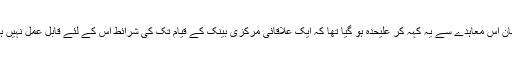
عمان اس معاہدے سے یہ کہہ کر علیحدہ ہو گیا تھا کہ ایک علاقائی مرکزی بینک کے قیام تک کی شرائط اس کے لئے قابل عمل نہیں ہیں۔